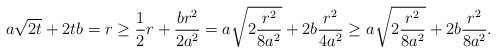
LaTeX: \begin{align*}a\sqrt{2t} + 2t b = r \geq \frac12 r + \frac{br^2}{2 a^2} = a \sqrt{2 \frac{r^2}{8a^2}} + 2b\frac{r^2}{4 a^2} \geq a \sqrt{2 \frac{r^2}{8a^2}} + 2b \frac{r^2}{8 a^2} .\end{align*}